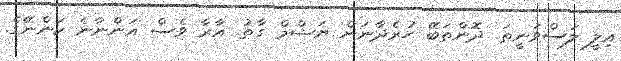
އިލީ ލަސްވަނީތަ. ދޮންތަބޭ ހުރެދާނަން ޔަޝްމް ގާތު. އާރާ ވެސް އަންނާނެ ކަންނޭގެ.